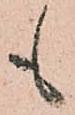
も